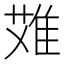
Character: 𨿆